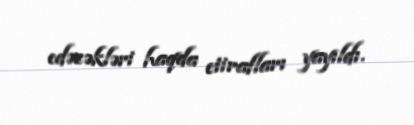
edəcəkləri haqda etirafları yayıldı.